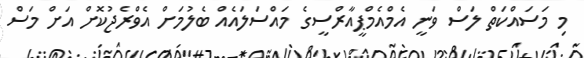
މި މަސައްކަތް ލަސް ވަނީ އެމްއެމްޕީއާރްސީގެ މައްސަލައެއް ބެލުމަށް އެވްރެޖުކޮށް އަށް މަސް